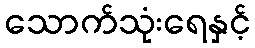
သောက်သုံးရေနှင့်